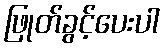
ဖြုတ်ခွင့်ပေးပါ